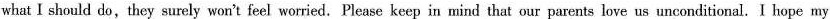
what I should do,they surely won't feel worried. Please keep in mind that our parents love us unconditional. I hope my